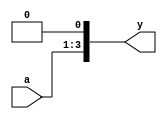
/* Generated by Yosys 0.32+51 (git sha1 6405bbab1, gcc 12.3.0-1ubuntu1~22.04 -fPIC -Os) */

module mul2(a, y);
  input [2:0] a;
  wire [2:0] a;
  output [3:0] y;
  wire [3:0] y;
  assign y = { a, 1'h0 };
endmodule